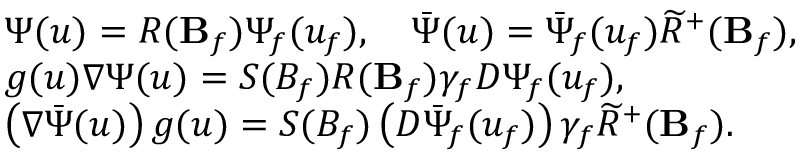
\begin{array} { l } { { \Psi ( u ) = R ( { \bf B } _ { f } ) \Psi _ { f } ( u _ { f } ) , \quad \bar { \Psi } ( u ) = \bar { \Psi } _ { f } ( u _ { f } ) \widetilde { R } ^ { + } ( { \bf B } _ { f } ) , } } \\ { { g ( u ) \nabla \Psi ( u ) = S ( B _ { f } ) R ( { \bf B } _ { f } ) \gamma _ { f } D \Psi _ { f } ( u _ { f } ) , } } \\ { { \left( \nabla \bar { \Psi } ( u ) \right) g ( u ) = S ( B _ { f } ) \left( D \bar { \Psi } _ { f } ( u _ { f } ) \right) \gamma _ { f } \widetilde { R } ^ { + } ( { \bf B } _ { f } ) . } } \end{array}